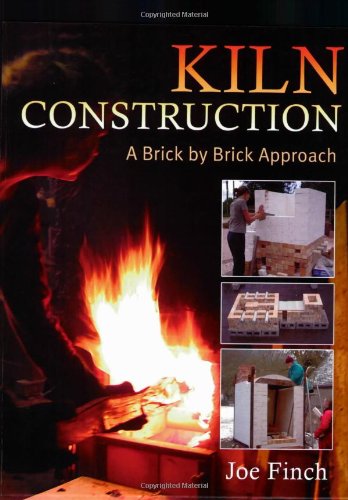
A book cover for Kiln Construction: A Brick by Brick Approach; Joe Finch; Crafts, Hobbies & Home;